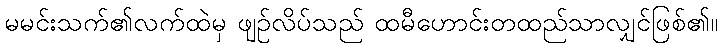
မမင်းသက်၏လက်ထဲမှ ဖျဉ်လိပ်သည် ထမီဟောင်းတထည်သာလျှင်ဖြစ်၏။